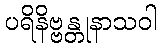
ပရိနိဗ္ဗန္တုနာသဝါ